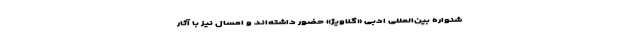
شنواره بین‌المللی ادبی «گلاویژ» حضور داشته‌اند و امسال نیز با آثار